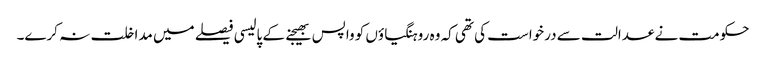
حکومت نے عدالت سے درخواست کی تھی کہ وہ روہنگیاؤں کو واپس بھیجنے کے پالیسی فیصلے میں مداخلت نہ کرے۔